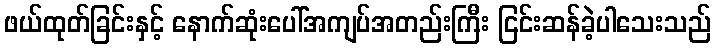
ဖယ်ထုတ်ခြင်းနှင့် နောက်ဆုံးပေါ်အကျပ်အတည်းကြီး ငြင်းဆန်ခဲ့ပါသေးသည်